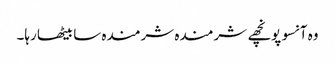
وہ آنسو پونچھے شرمندہ شرمندہ سا بیٹھا رہا۔